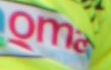
oma